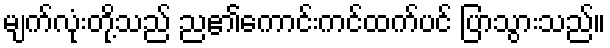
မျက်လုံးတို့သည် ည၏ကောင်းကင်ထက်ပင် ပြာသွားသည်။